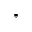
^ \ast